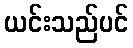
ယင်းသည်ပင်